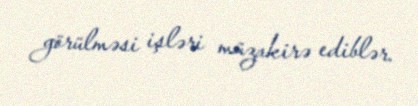
görülməsi işləri müzakirə ediblər.